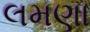
લમણા